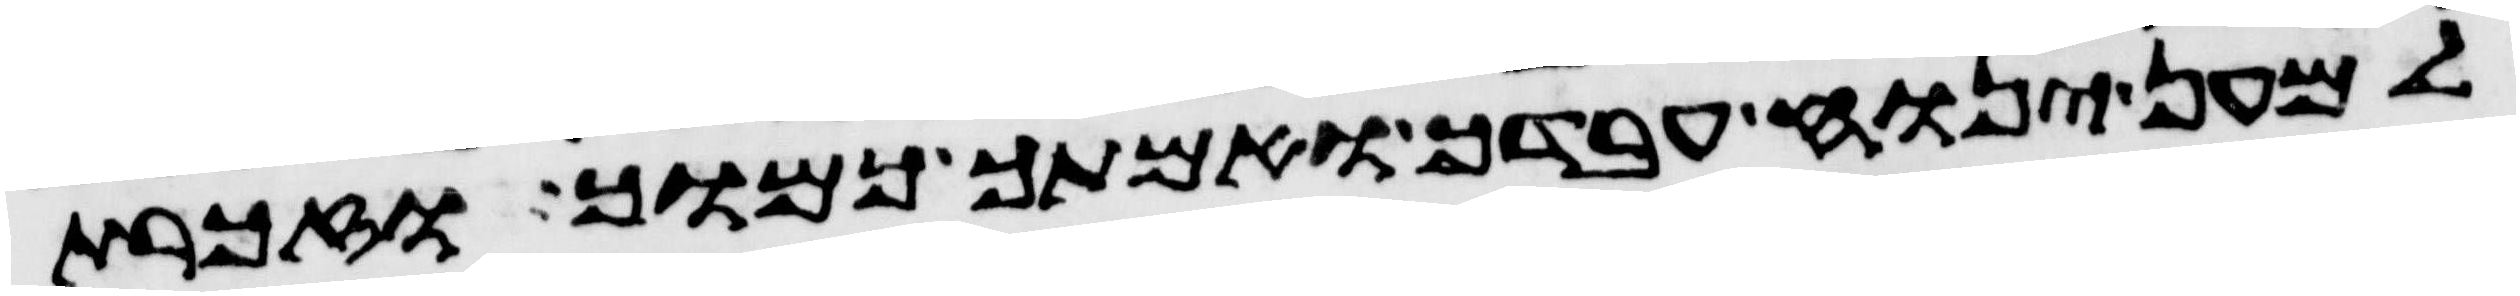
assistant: למען ינוח עבדך ואמתך כמוך וזכרת